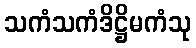
သကံသကံဒိဋ္ဌိမကံသု